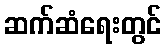
ဆက်ဆံရေးတွင်